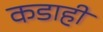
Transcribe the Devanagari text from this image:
कडाही